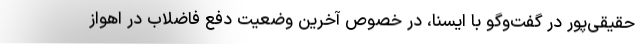
حقیقی‌پور در گفت‌وگو با ایسنا، در خصوص آخرین وضعیت دفع فاضلاب در اهواز